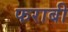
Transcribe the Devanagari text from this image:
फराबी